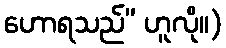
ဟောရသည်” ဟူလို။)